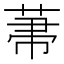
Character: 𦲅